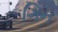
ગિન